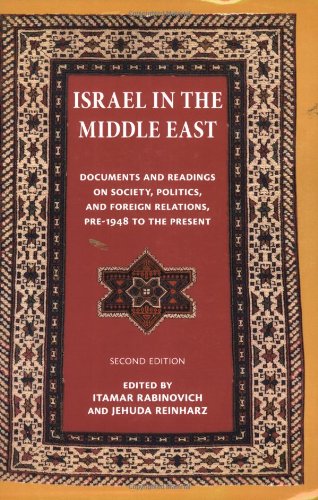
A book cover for Israel in the Middle East: Documents and Readings on Society, Politics, and Foreign Relations, Pre-1948 to the Present (The Tauber Institute for the Study of European Jewry Series); History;